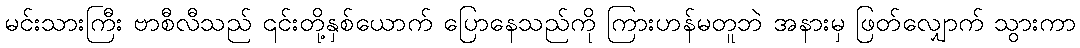
မင်းသားကြီး ဗာစီလီသည် ၎င်းတို့နှစ်ယောက် ပြောနေသည်ကို ကြားဟန်မတူဘဲ အနားမှ ဖြတ်လျှောက် သွားကာ